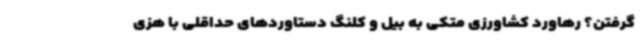
گرفتن؟ رهاورد کشاورزی متکی به بیل و کلنگ دستاوردهای حداقلی با هزی